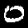
Digit: 0